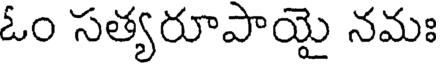
ఓం సత్యరూపాయై నమః